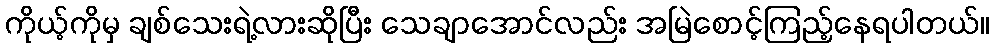
ကိုယ့်ကိုမှ ချစ်သေးရဲ့လားဆိုပြီး သေချာအောင်လည်း အမြဲစောင့်ကြည့်နေရပါတယ်။